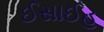
ઈસાઈહ